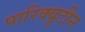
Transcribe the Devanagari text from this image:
पारिक्यूटीन